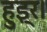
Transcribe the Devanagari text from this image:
हुइ्र।